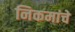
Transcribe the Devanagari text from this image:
निकमांचे